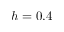
h = 0 . 4